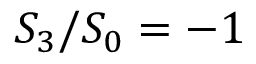
S _ { 3 } / S _ { 0 } = - 1